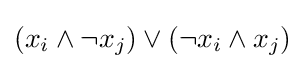
(x_{i}\land \neg x_{j})\lor (\neg x_{i}\land x_{j})